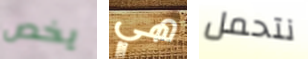
يخص هي نتحمل